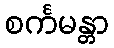
စင်္ကမန္တာ